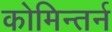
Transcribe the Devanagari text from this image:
कोमिन्तर्न